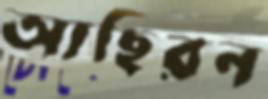
আছিরন